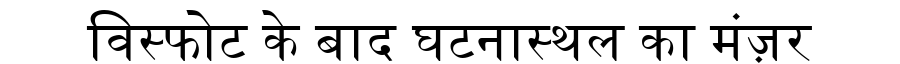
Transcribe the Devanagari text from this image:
विस्फोट के बाद घटनास्थल का मंज़र